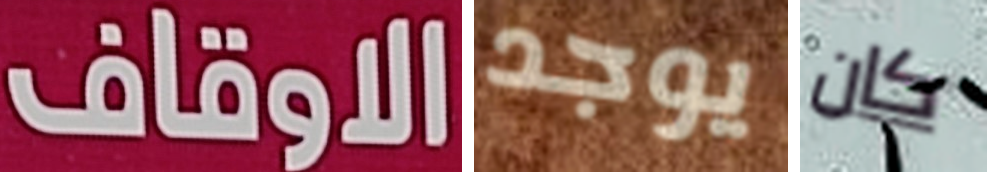
الاوقاف يوجد كان